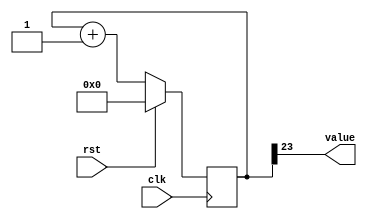
/*
   This file was generated automatically by Alchitry Labs version 1.2.1.
   Do not edit this file directly. Instead edit the original Lucid source.
   This is a temporary file and any changes made to it will be destroyed.
*/

/*
   Parameters:
     SIZE = 1
     DIV = 23
     TOP = 0
     UP = 1
*/
module counter_14 (
    input clk,
    input rst,
    output reg [0:0] value
  );
  
  localparam SIZE = 1'h1;
  localparam DIV = 5'h17;
  localparam TOP = 1'h0;
  localparam UP = 1'h1;
  
  
  reg [23:0] M_ctr_d, M_ctr_q = 1'h0;
  
  localparam MAX_VALUE = 24'h7fffff;
  
  always @* begin
    M_ctr_d = M_ctr_q;
    
    value = M_ctr_q[23+0-:1];
    if (1'h1) begin
      M_ctr_d = M_ctr_q + 1'h1;
      if (1'h0 && M_ctr_q == 24'h7fffff) begin
        M_ctr_d = 1'h0;
      end
    end else begin
      M_ctr_d = M_ctr_q - 1'h1;
      if (1'h0 && M_ctr_q == 1'h0) begin
        M_ctr_d = 24'h7fffff;
      end
    end
  end
  
  always @(posedge clk) begin
    if (rst == 1'b1) begin
      M_ctr_q <= 1'h0;
    end else begin
      M_ctr_q <= M_ctr_d;
    end
  end
  
endmodule